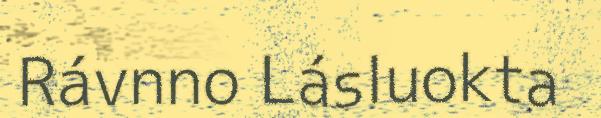
Rávnno Lásluokta